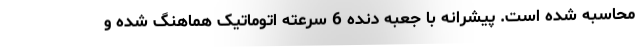
محاسبه شده است. پیشرانه با جعبه دنده 6 سرعته اتوماتیک هماهنگ شده و